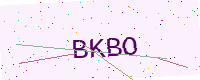
Text: BKBO